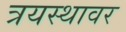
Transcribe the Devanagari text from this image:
त्रयस्थावर